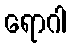
ရောဂါ